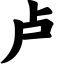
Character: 卢